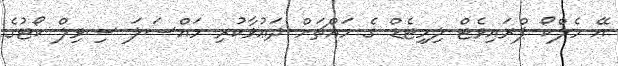
އޭ މެލްކޯ ޕްރައިވެޓް ލިމިޓެޑް ގެ މައްޗަށް ދަޢުވާކުރި މައްސަލަ ސިވިލް ކޯޓުގެ